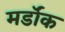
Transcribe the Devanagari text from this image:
मर्डॉक